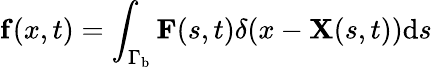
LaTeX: {\mathbf{f}}(x,t)=\int_{{\Gamma_{\mathrm{{b}}}}}{\mathbf{F}}(s,t)\delta(x-{\mathbf{X}}(s,t))\mathrm{{d}}s